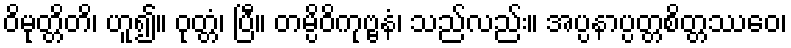
ဝိမုတ္တိတိ၊ ဟူ၍။ ဝုတ္တံ၊ ပြီ။ တမ္ပိဝိကုဗ္ဗနံ၊ သည်လည်း။ အပ္ပနာပ္ပတ္တစိတ္တဿေဝ၊